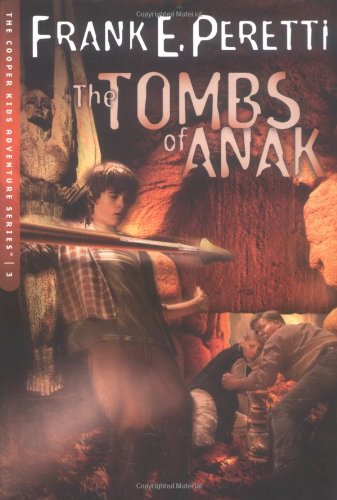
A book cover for The Tombs of Anak (The Cooper Kids Adventure Series #3); Frank E. Peretti; Religion & Spirituality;